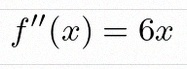
f''(x)=6x